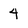
Character: 4